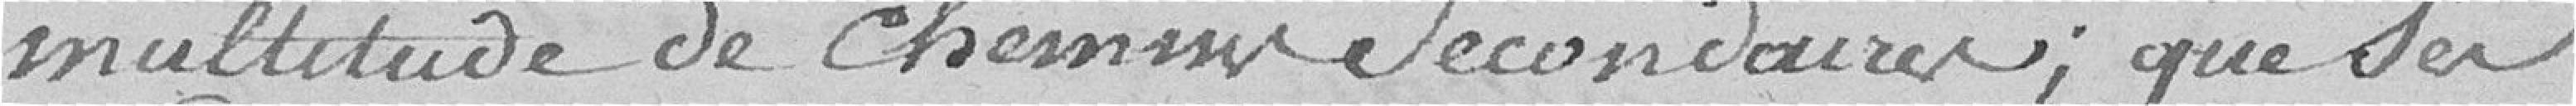
multitude de chemin secondaire ; que ses